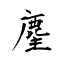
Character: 麈